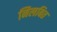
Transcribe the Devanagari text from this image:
निलबित